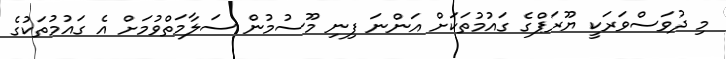
މި ދުވަސްވަރަކީ ޔޫރަޕްގެ ގައުމުތަކަށް އަންނަ ފިނި މޫސުމުން ސަލާމަތްވުމަށް އެ ގައުމުތަކުގެ